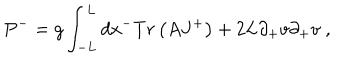
LaTeX: P ^ { - } = g \int _ { - L } ^ { L } d x ^ { - } T r \left( A J ^ { + } \right) + 2 L \partial _ { + } v \partial _ { + } v \; ,